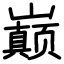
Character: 巅